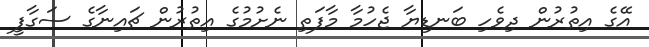
އޭގެ އިތުރުން ދިވެހި ބަނޑިޔާ ޖެހުމާ މާފަތި ނެށުމުގެ އިތުރުން ޗައިނާގެ ސަގާފީ